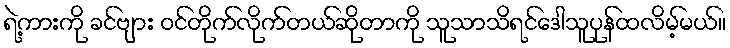
ရဲ့ကားကို ခင်ဗျား ဝင်တိုက်လိုက်တယ်ဆိုတာကို သူသာသိရင်ဒေါသူပုန်ထလိမ့်မယ်။